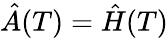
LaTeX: \hat{A}(T)=\hat{H}(T)